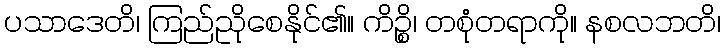
ပသာဒေတိ၊ ကြည်ညိုစေနိုင်၏။ ကိဉ္စိ၊ တစုံတရာကို။ နစလဘတိ၊